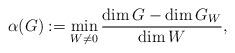
LaTeX: \begin{align*}\alpha(G):= \min_{W\neq 0} \frac{\dim G - \dim G_W}{\dim W},\end{align*}